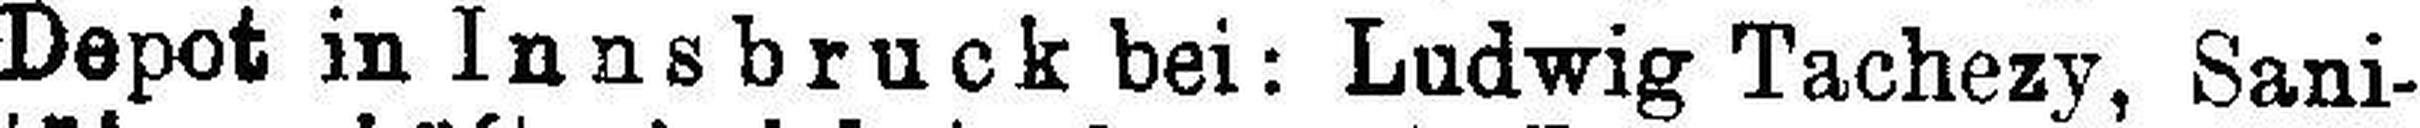
Depot in Innsbruck bei: Ludwig Tachezy, Sani¬